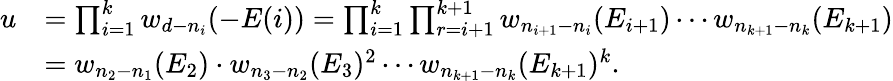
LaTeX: \begin{array}{rl}{u}&{=\prod_{i=1}^{k}w_{d-n_{i}}(-E(i))=\prod_{i=1}^{k}\prod_{r=i+1}^{k+1}w_{n_{i+1}-n_{i}}(E_{i+1})\cdots w_{n_{k+1}-n_{k}}(E_{k+1})}\\ &{=w_{n_{2}-n_{1}}(E_{2})\cdot w_{n_{3}-n_{2}}(E_{3})^{2}\cdots w_{n_{k+1}-n_{k}}(E_{k+1})^{k}.}\end{array}